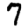
Digit: 7